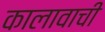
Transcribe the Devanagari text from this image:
कालावाची